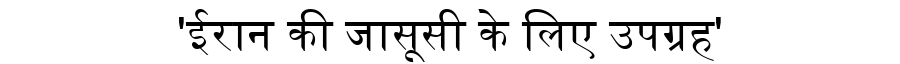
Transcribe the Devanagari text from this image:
'ईरान की जासूसी के लिए उपग्रह'